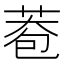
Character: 𦰮